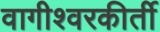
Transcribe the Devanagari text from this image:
वागीश्वरकीर्ती